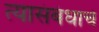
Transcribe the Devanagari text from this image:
त्यासंबंधाचे